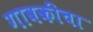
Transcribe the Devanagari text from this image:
गावकीचा